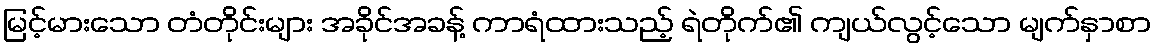
မြင့်မားသော တံတိုင်းများ အခိုင်အခန့် ကာရံထားသည့် ရဲတိုက်၏ ကျယ်လွင့်သော မျက်နှာစာ